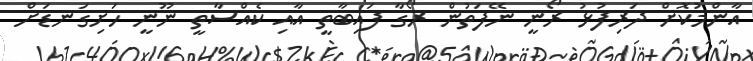
އާންމުކޮށް ދަރިފުޅު ރޯނީ ނޭފަތުން ރޯގާ ފައިބާތީ އާއި ކެއްސާތީ ނޫނީ ހަށިގަނޑަށް